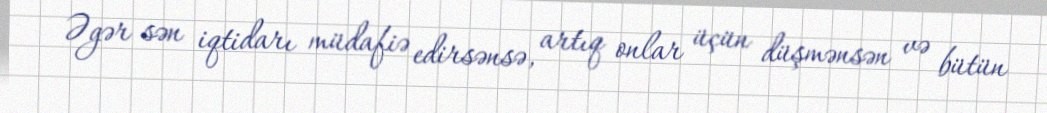
Əgər sən iqtidarı müdafiə edirsənsə, artıq onlar üçün düşmənsən və bütün